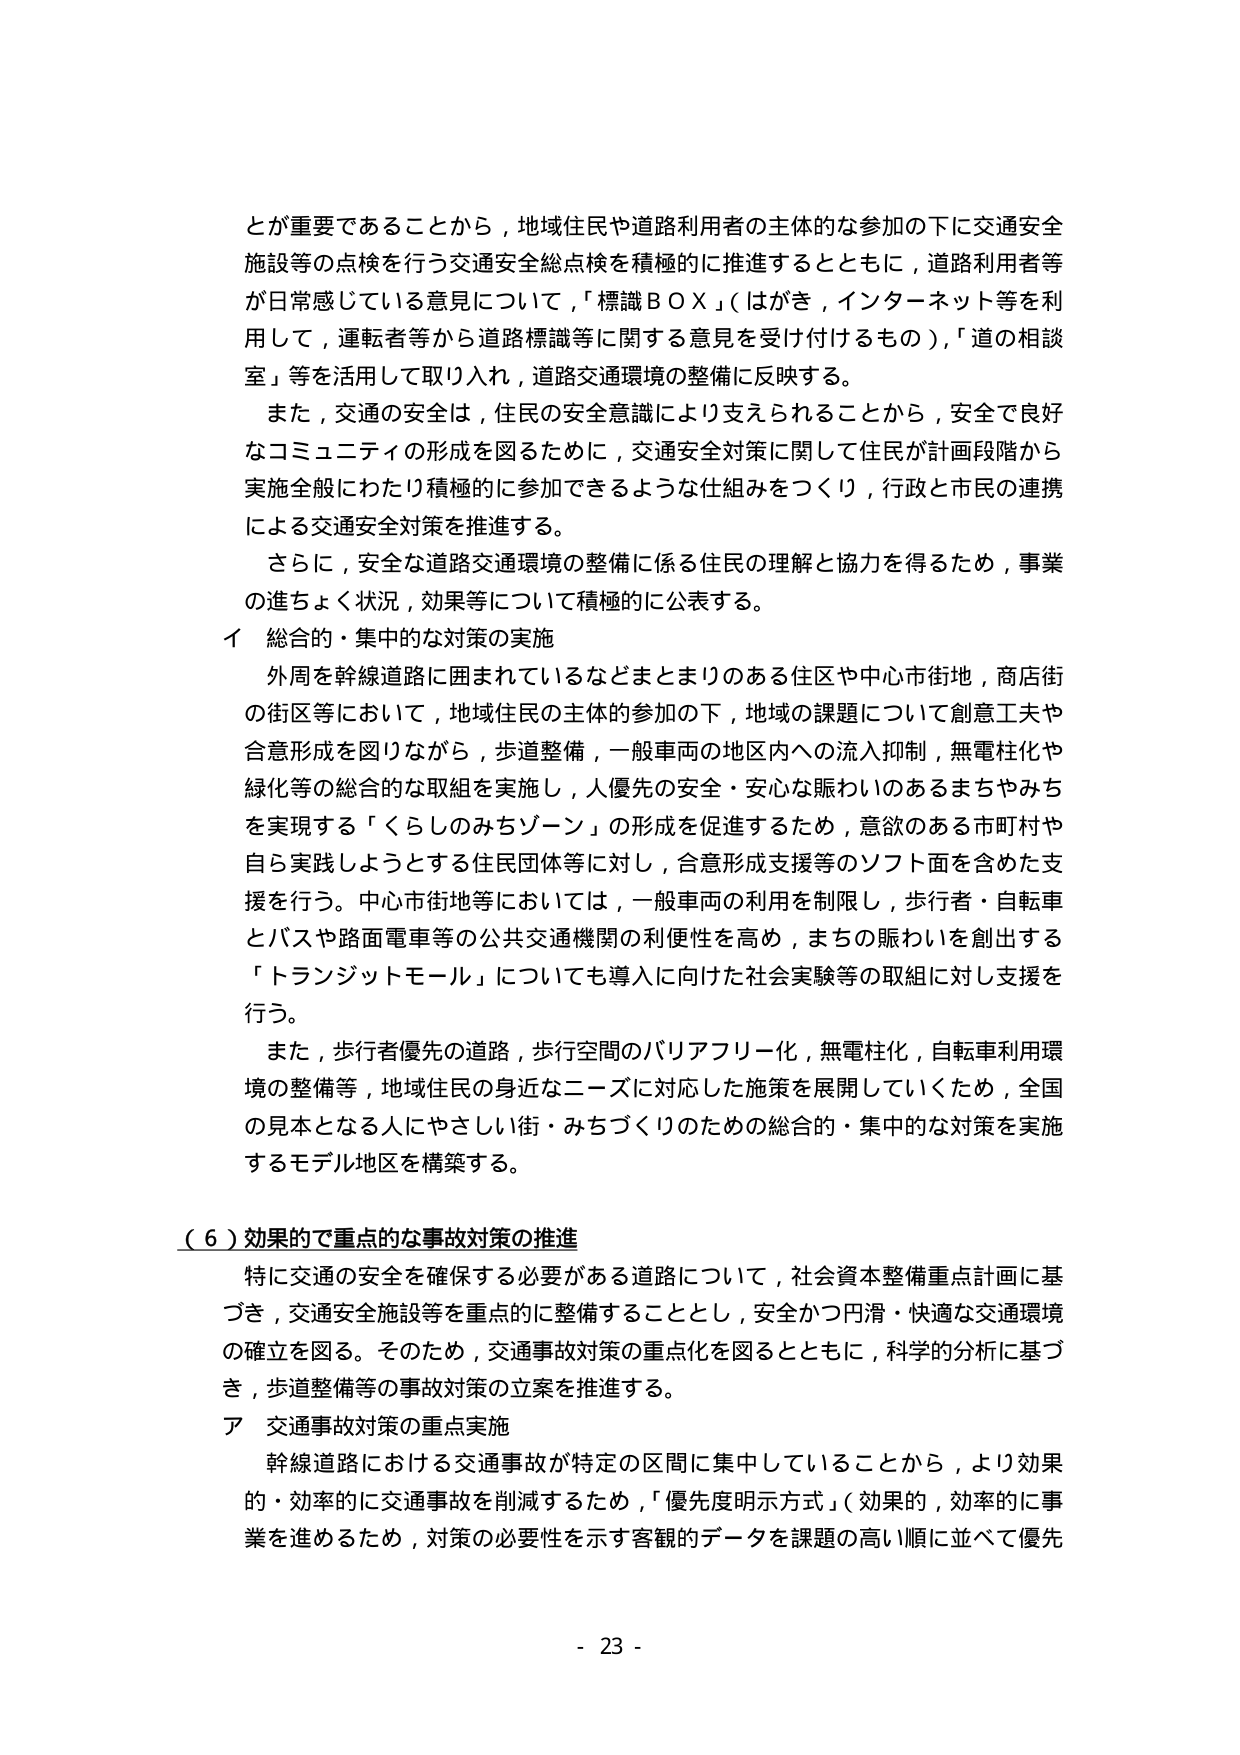
とが重要であることから，地域住民や道路利用者の主体的な参加の下に交通安全施設等の点検を行う交通安全総点検を積極的に推進するとともに，道路利用者等が日常感じている意見について，「標識ＢＯＸ」（はがき，インターネット等を利用して，運転者等から道路標識等に関する意見を受け付けるもの）,「道の相談室」等を活用して取り入れ，道路交通環境の整備に反映する。

また，交通の安全は，住民の安全意識により支えられることから，安全で良好なコミュニティの形成を図るために，交通安全対策に関して住民が計画段階から実施全般にわたり積極的に参加できるような仕組みをつくり，行政と市民の連携による交通安全対策を推進する。

さらに，安全な道路交通環境の整備に係る住民の理解と協力を得るため，事業の進ちょく状況，効果等について積極的に公表する。

イ 総合的・集中的な対策の実施

外周を幹線道路に囲まれているなどまとまりのある住宅や中心市街地，商店街の街区等において，地域住民の主体的参加の下，地域の課題について創意工夫や合意形成を図りながら，歩道整備，一般車両の地区内への流入抑制，無電柱化や緑化等の総合的な取組を実施し，人優先の安全・安心な賑わいのあるまちやみちを実現する「くらしのみちゾーン」の形成を促進するため，意欲のある市町村や自ら実践しようとする住民団体等に対し，合意形成支援等のソフト面を含めた支援を行う。中心市街地等においては，一般車両の利用を制限し，歩行者・自転車とバスや路面電車等の公共交通機関の利便性を高め，まちの賑わいを創出する「トランジットモール」についても導入に向けた社会実験等の取組に対し支援を行う。

また，歩行者優先の道路，歩行空間のバリアフリー化，無電柱化，自転車利用環境の整備等，地域住民の身近なニーズに対応した施策を展開していくため，全国の見本となる人にやさしい街・みちづくりのための総合的・集中的な対策を実施するモデル地区を構築する。

（６）効果的で重点的な事故対策の推進

特に交通の安全を確保する必要がある道路について，社会資本整備重点計画に基づき，交通安全施設等を重点的に整備することとし，安全かつ円滑・快適な交通環境の確立を図る。そのため，交通事故対策の重点化を図るとともに，科学的分析に基づき，歩道整備等の事故対策の立案を推進する。

ア 交通事故対策の重点実施

幹線道路における交通事故が特定の区間に集中していることから，より効果的・効率的に交通事故を削減するため，「優先度明示方式」（効果的，効率的に事業を進めるため，対策の必要性を示す客観的データを課題の高い順に並べて優先

- 23 -